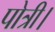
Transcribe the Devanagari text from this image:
पोत्री।